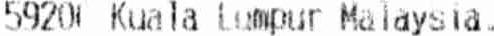
59200 KUALA LUMPUR MALAYSIA.